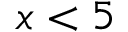
x < 5